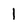
Character: 1